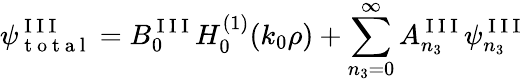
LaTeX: \psi_{\mathrm{~t~o~t~a~l~}}^{\mathrm{~I~I~I~}}=B_{0}^{\mathrm{~I~I~I~}}H_{0}^{(1)}(k_{0}\rho)+\sum_{n_{3}=0}^{\infty}A_{n_{3}}^{\mathrm{~I~I~I~}}\psi_{n_{3}}^{\mathrm{~I~I~I~}}